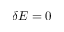
\delta E = 0